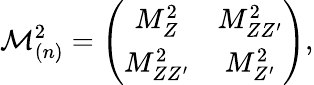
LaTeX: {\cal M}_{(n)}^{2}=\left(\begin{array}{cc}{{M_{Z}^{2}}}&{{M_{ZZ^{\prime}}^{2}}}\\ {{M_{ZZ^{\prime}}^{2}}}&{{M_{Z^{\prime}}^{2}}}\end{array}\right),